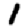
Digit: 1